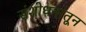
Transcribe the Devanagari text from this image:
संशोधनांतून